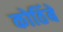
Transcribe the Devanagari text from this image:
कोठिंबे